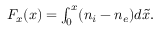
\begin{array} { r } { F _ { x } ( x ) = \int _ { 0 } ^ { x } ( n _ { i } - n _ { e } ) d \tilde { x } . } \end{array}